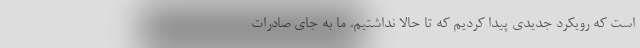
است که رویکرد جدیدی پیدا کردیم که تا حالا نداشتیم. ما به جای صادرات